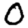
Digit: 0